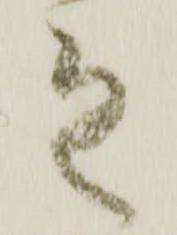
之